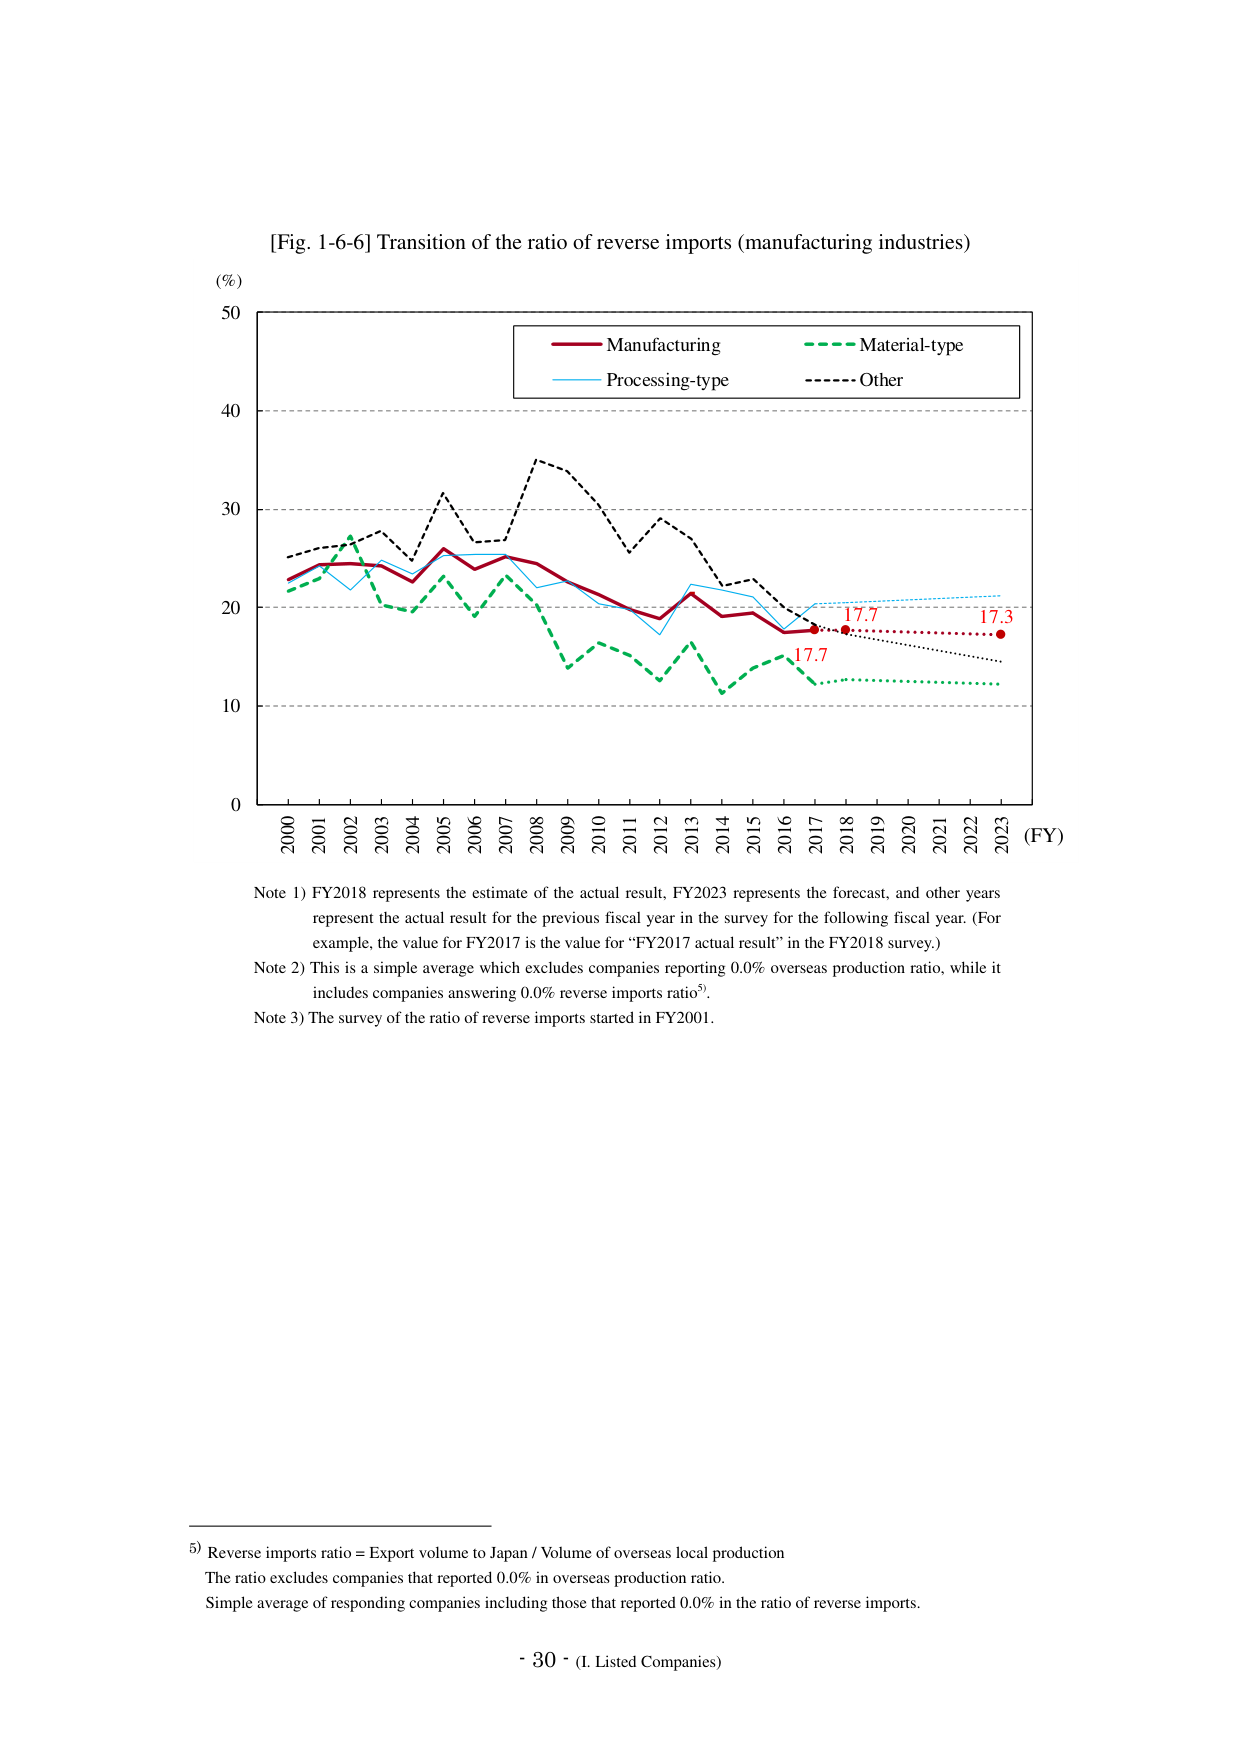
[Fig. 1-6-6] Transition of the ratio of reverse imports (manufacturing industries)

(%)
50
40
30
20
10
0

Manufacturing
Material-type
Processing-type
Other

2000 2001 2002 2003 2004 2005 2006 2007 2008 2009 2010 2011 2012 2013 2014 2015 2016 2017 2018 2019 2020 2021 2022 2023 (FY)

17.7
17.7
17.3

Note 1) FY2018 represents the estimate of the actual result, FY2023 represents the forecast, and other years represent the actual result for the previous fiscal year in the survey for the following fiscal year. (For example, the value for FY2017 is the value for “FY2017 actual result” in the FY2018 survey.)
Note 2) This is a simple average which excludes companies reporting 0.0% overseas production ratio, while it includes companies answering 0.0% reverse imports ratio⁵).
Note 3) The survey of the ratio of reverse imports started in FY2001.

⁵) Reverse imports ratio = Export volume to Japan / Volume of overseas local production
The ratio excludes companies that reported 0.0% in overseas production ratio.
Simple average of responding companies including those that reported 0.0% in the ratio of reverse imports.

- 30 - (I. Listed Companies)